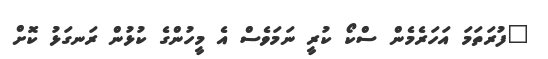
"ފުރަތަމަ އަހަރެމެން ސްކޯ ކުރީ ނަމަވެސް އެ މީހުންގެ ކުޅުން ރަނގަޅު ކޮށް